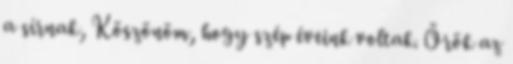
a sírnak, Köszönöm, hogy szép éveink voltak. Örök az